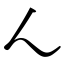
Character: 𬼂